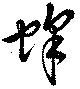
蜂